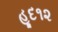
હૂદ૧૨